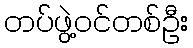
တပ်ဖွဲ့ဝင်တစ်ဦး